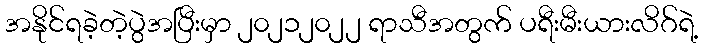
အနိုင်ရခဲ့တဲ့ပွဲအပြီးမှာ ၂၀၂၁၂၀၂၂ ရာသီအတွက် ပရီးမီးယားလိဂ်ရဲ့